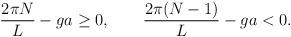
LaTeX: \begin{align*}\frac{2 \pi N}{L} -ga \ge 0 ,\qquad \frac{2 \pi (N-1)}{L} -ga < 0 .\end{align*}